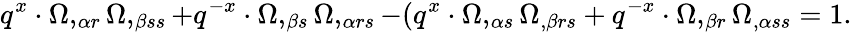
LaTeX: q^{x}\cdot\Omega,_{\alpha r}\Omega,_{\beta ss}+q^{-x}\cdot\Omega,_{\beta s}\Omega,_{\alpha rs}-(q^{x}\cdot\Omega,_{\alpha s}\Omega_{,\beta rs}+q^{-x}\cdot\Omega,_{\beta r}\Omega_{,\alpha ss}=1.